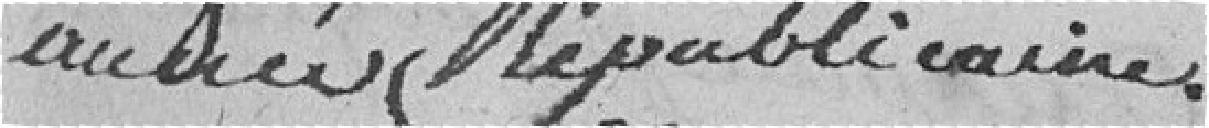
année Républicaine